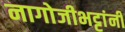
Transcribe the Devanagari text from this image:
नागोजीभट्टांनी